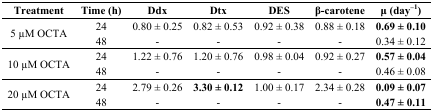
<table><thead><tr><td><b>Treatment</b></td><td><b>Time (h)</b></td><td><b>Ddx</b></td><td><b>Dtx</b></td><td><b>DES</b></td><td><b>β-carotene</b></td><td><b>μ (day<sup>−1</sup>)</b></td></tr></thead><tbody><tr><td rowspan="2">5 μM OCTA</td><td>24</td><td>0.80 ± 0.25</td><td>0.82 ± 0.53</td><td>0.92 ± 0.38</td><td>0.88 ± 0.18</td><td><b>0.69 ± 0.10</b></td></tr><tr><td>48</td><td>-</td><td>-</td><td>-</td><td>-</td><td>0.34 ± 0.12</td></tr><tr><td rowspan="2">10 μM OCTA</td><td>24</td><td>1.22 ± 0.76</td><td>1.20 ± 0.76</td><td>0.98 ± 0.04</td><td>0.92 ± 0.27</td><td><b>0.57 ± 0.04</b></td></tr><tr><td>48</td><td>-</td><td>-</td><td>-</td><td>-</td><td>0.46 ± 0.08</td></tr><tr><td rowspan="2">20 μM OCTA</td><td>24</td><td>2.79 ± 0.26</td><td><b>3.30 ± 0.12</b></td><td>1.00 ± 0.17</td><td>2.34 ± 0.28</td><td><b>0.09 ± 0.07</b></td></tr><tr><td>48</td><td>-</td><td>-</td><td>-</td><td>-</td><td><b>0.47 ± 0.11</b></td></tr></tbody></table>